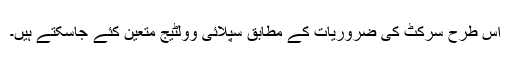
اس طرح سرکٹ کی ضروریات کے مطابق سپلائی وولٹیج متعین کئے جاسکتے ہیں۔